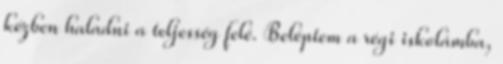
kézben haladni a teljesség felé. Beléptem a régi iskolámba,